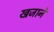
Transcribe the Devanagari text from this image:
खजानें